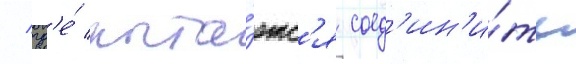
/ гд'е́ пыта́етс'я соед'ин'и́ть